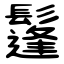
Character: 鬔